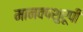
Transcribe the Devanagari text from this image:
मानवपशुरूपी